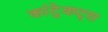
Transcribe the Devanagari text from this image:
कांट्रेकट्स